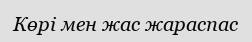
Көрі мен жас жараспас